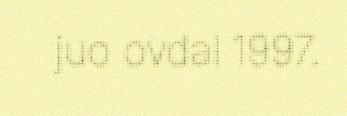
juo ovdal 1997.